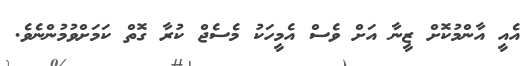
އެއީ އާންމުކޮށް ޒީނާ އަށް ވެސް އެމީހަކު މެސެޖް ކުރާ ގޮތް ކަމަށްވުމުންނެވެ.